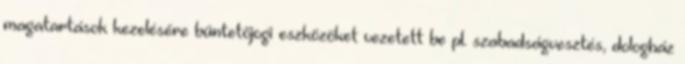
magatartások kezelésére büntetőjogi eszközöket vezetett be pl. szabadságvesztés, dologház